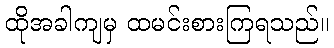
ထိုအခါကျမှ ထမင်းစားကြရသည်။